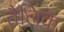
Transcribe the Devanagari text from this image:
तैलिक